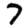
Digit: 7